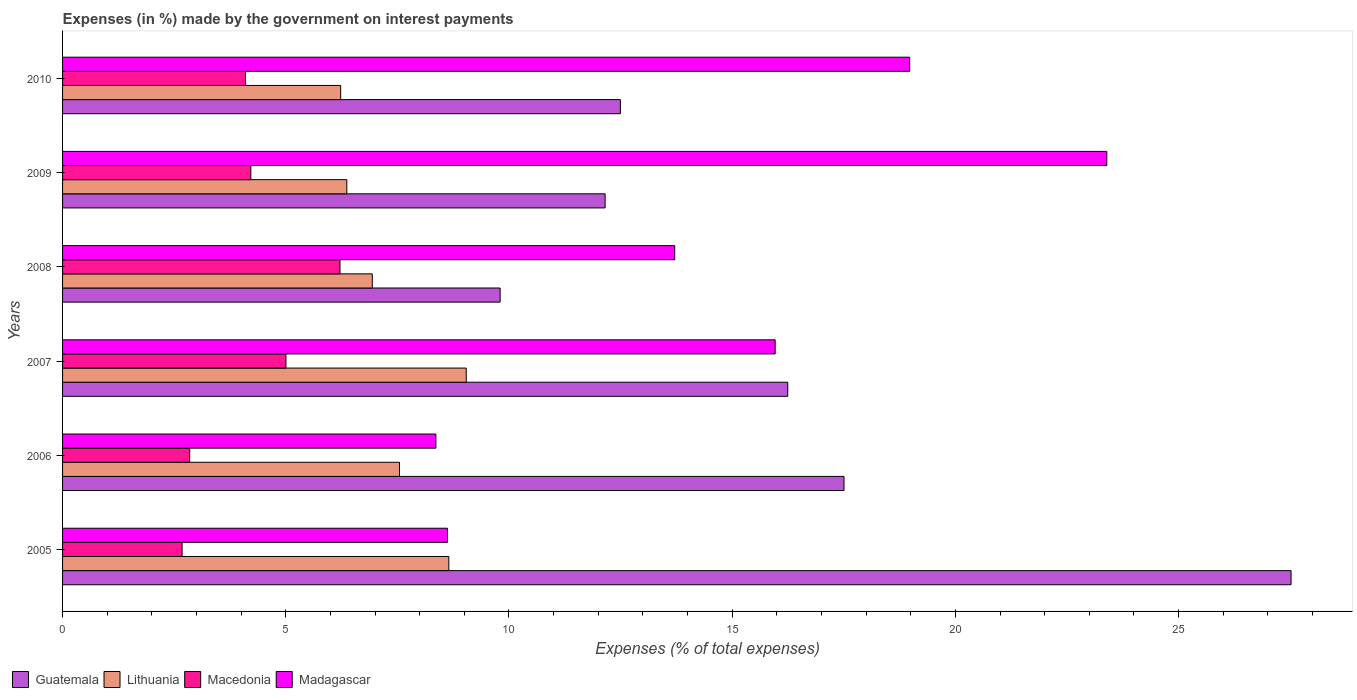
| Years | Guatemala | Lithuania | Macedonia | Madagascar |
 | --- | --- | --- | --- | --- |
 | 2005 | 27.5 | 8.65 | 2.68 | 8.62 |
 | 2006 | 17.5 | 7.55 | 2.85 | 8.36 |
 | 2007 | 16.2 | 9.04 | 5 | 16 |
 | 2008 | 9.8 | 6.94 | 6.21 | 13.7 |
 | 2009 | 12.2 | 6.37 | 4.22 | 23.4 |
 | 2010 | 12.5 | 6.23 | 4.1 | 19 |